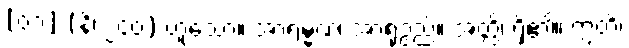
[၀၁] (နိ၊ ၂၄၀) ဟူသော။ အာရမ္မဏံ၊ အာရုံဥည်။ အတ္ထိ၊ ရှိ၏။ ဣတိ၊